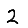
Digit: 2